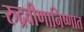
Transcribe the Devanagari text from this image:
रुद्रवीणानिष्णात